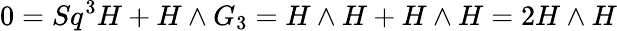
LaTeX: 0=Sq^{3}H+H\wedge G_{3}=H\wedge H+H\wedge H=2H\wedge H